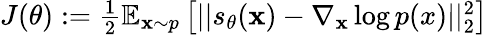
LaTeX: \begin{array}{r}{J(\theta):=\frac{1}{2}\mathbb{E}_{\mathbf{x}\sim p}\left[||s_{\theta}(\mathbf{x})-\nabla_{\mathbf{x}}\log p(x)||_{2}^{2}\right]}\end{array}